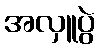
အလှူပွဲ